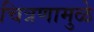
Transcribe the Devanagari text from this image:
चित्रणामुळे